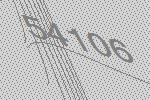
54106